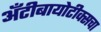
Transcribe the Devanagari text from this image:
अँटीबायोटीक्सचा